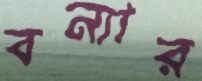
বন্যার